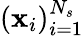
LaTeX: (\mathbf{x}_{i})_{i=1}^{N_{s}}